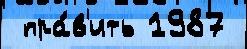
 пра́в'ить 1987